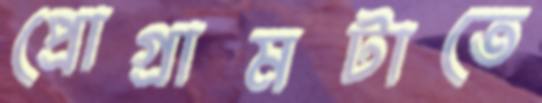
প্রোগ্রামটাতে